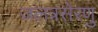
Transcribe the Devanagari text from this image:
जलत्रसेरणु